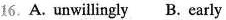
16.A. Unwillingly B. Early